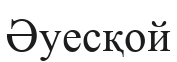
Әуесқой